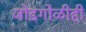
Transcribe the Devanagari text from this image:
जोडगोळीही